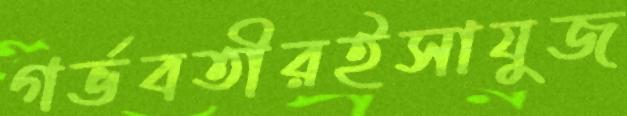
গর্ভবতীরইসাযুজ